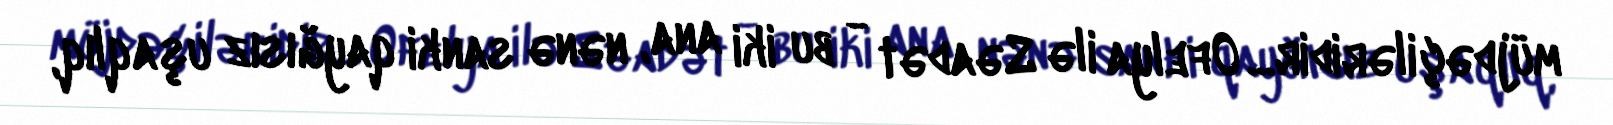
müjdəçiləridir... Ofelya ilə Səadət - bu iki ana, nənə sanki qayğısız uşaqlıq,